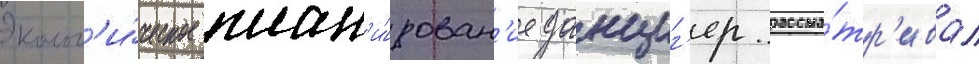
Эколог'и́ческое план'и́рован'ие данциг'ер рассма́тр'ивал